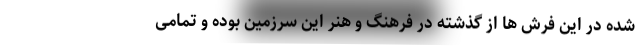
شده در این فرش ها از گذشته در فرهنگ و هنر این سرزمین بوده و تمامی